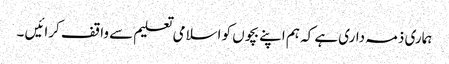
ہماری ذمہ داری ہے کہ ہم اپنے بچوں کو اسلامی تعلیم سے واقف کرائیں ۔